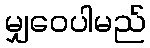
မျှဝေပါမည်